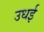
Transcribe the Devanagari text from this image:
उधई